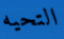
التحيه